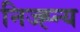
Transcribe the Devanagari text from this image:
निज्ह्न्य